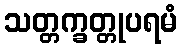
သတ္တက္ခတ္တုပရမံ